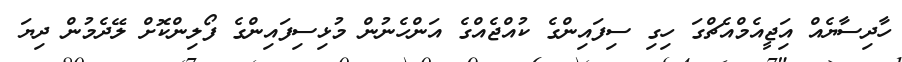
ހާދިސާޔެއް އަިޖީއެމްއެޗްގަ ހިގި ސިފައިންގެ ކުއްޖެއްގެ އަންހެނުން މުޅިސިފައިންގެ ފޯލިންކޮށް ލޭދެމުން ދިޔަ